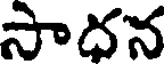
సాదన